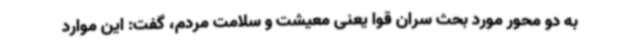
به دو محور مورد بحث سران قوا یعنی معیشت و سلامت مردم، گفت: این موارد